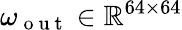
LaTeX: \omega_{\mathrm{~o~u~t~}}\in\mathbb{R}^{64\times 64}